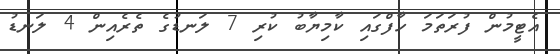
އެޓީމުން ފުރަތަމަ ހާފްގައި ކާމިޔާބު ކުރި 7 ލަނޑުގެ ތެރެއިން 4 ލަނޑު